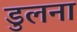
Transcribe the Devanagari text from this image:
डुलना